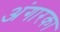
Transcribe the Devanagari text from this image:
अंगारका